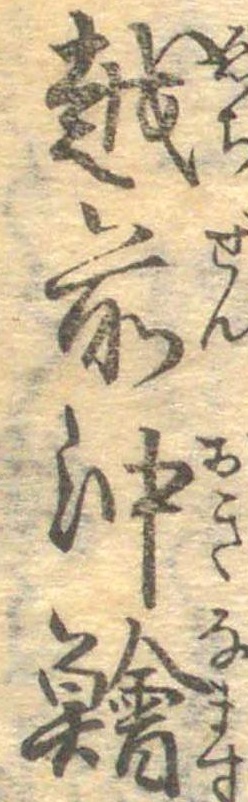
越前沖鱠